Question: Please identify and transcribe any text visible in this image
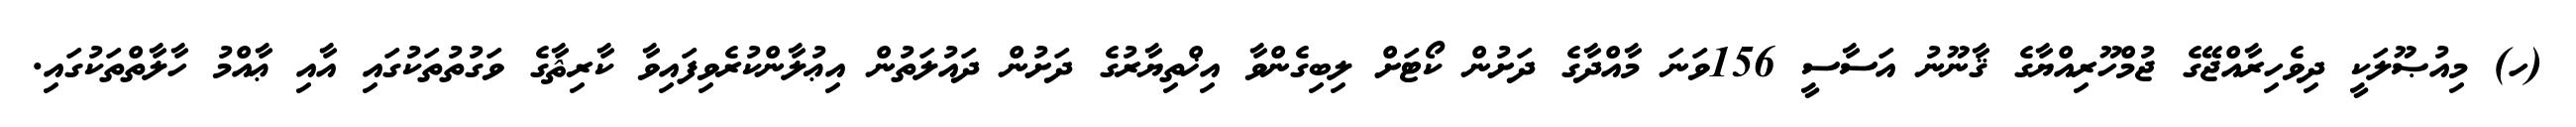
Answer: (ހ) މިއުޞޫލަކީ ދިވެހިރާއްޖޭގެ ޖުމްހޫރިއްޔާގެ ޤާނޫނު އަސާސީ 156ވަނަ މާއްދާގެ ދަށުން ކޯޓަށް ލިބިގެންވާ އިޚްތިޔާރުގެ ދަށުން ދައުލަތުން އިޢުލާންކުރެވިފައިވާ ކާރިޘާގެ ވަގުތުތަކުގައި އާއި ޢާއްމު ހާލާތްތަކުގައި.